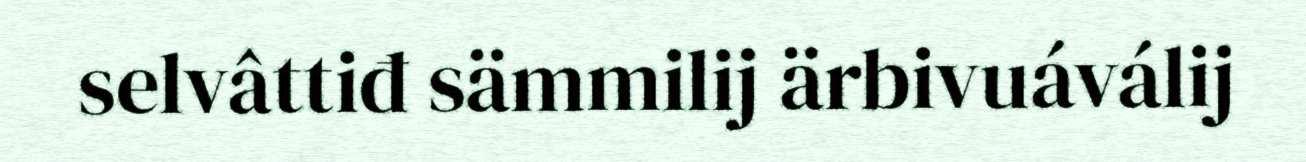
selvâttiđ sämmilij ärbivuáválij